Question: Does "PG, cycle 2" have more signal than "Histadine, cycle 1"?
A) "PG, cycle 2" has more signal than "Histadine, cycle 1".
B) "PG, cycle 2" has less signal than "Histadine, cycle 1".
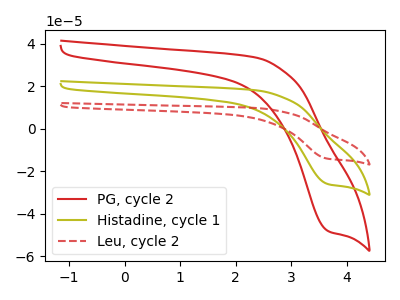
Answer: <think>The red curve "PG, cycle 2" has a cathodic peak at: (3.65V, -48.25uA). The olive curve "Histadine, cycle 1" has a cathodic peak at: (3.65V, -26.10uA). The red dashed curve "Leu, cycle 2" has a cathodic peak at: (3.65V, -52.20uA).
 All the peaks in "PG, cycle 2" have a peak in "Histadine, cycle 1" at the same potential. Every peak in "PG, cycle 2" is higher than every peak in "Histadine, cycle 1".</think>
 <answer>A) "PG, cycle 2" has more signal than "Histadine, cycle 1".</answer>
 <eval>A</eval>